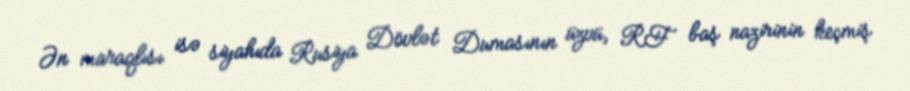
Ən maraqlısı isə siyahıda Rusiya Dövlət Dumasının üzvü, RF baş nazirinin keçmiş